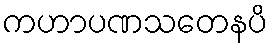
ကဟာပဏသတေနပိ